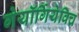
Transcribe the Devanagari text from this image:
गेयॉर्गियेविच